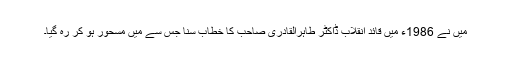
میں نے 1986ء میں قائد انقلاب ڈاکٹر طاہرالقادری صاحب کا خطاب سنا جس سے میں مسحور ہو کر رہ گیا۔